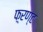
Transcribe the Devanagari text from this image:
फ़्रण्ट